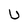
Character: U